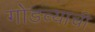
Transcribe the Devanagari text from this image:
गोडव्याची